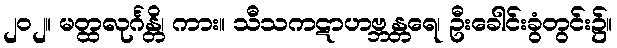
၂၀၂။ မတ္ထလုင်္ဂန္တိ၊ ကား။ သီသကဋာဟဗ္ဘန္တရေ၊ ဦးခေါင်းခွံတွင်း၌။